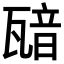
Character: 𤭵